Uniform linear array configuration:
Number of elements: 24
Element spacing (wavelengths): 0.5
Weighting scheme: hamming
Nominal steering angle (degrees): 15
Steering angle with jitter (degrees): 14.247
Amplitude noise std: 0.05
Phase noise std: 0.05

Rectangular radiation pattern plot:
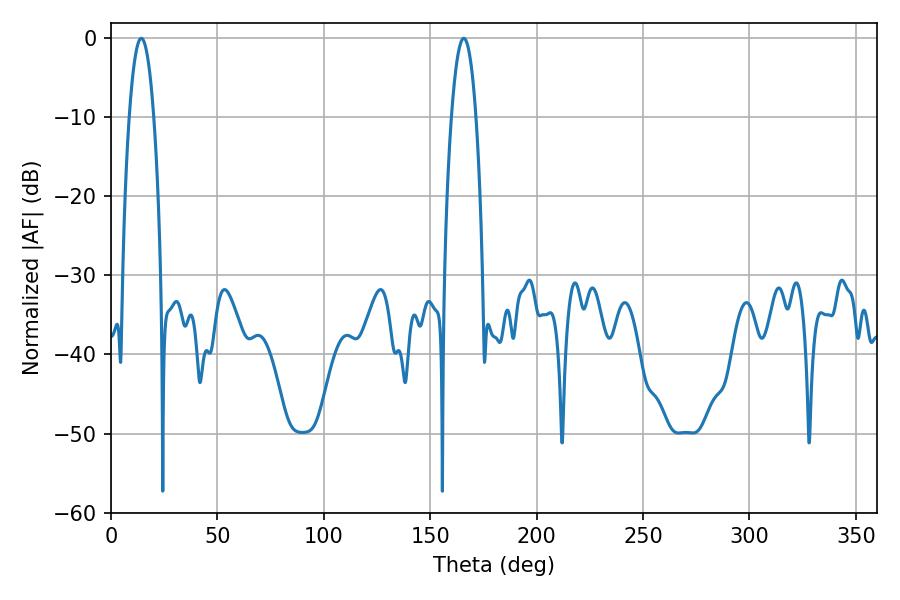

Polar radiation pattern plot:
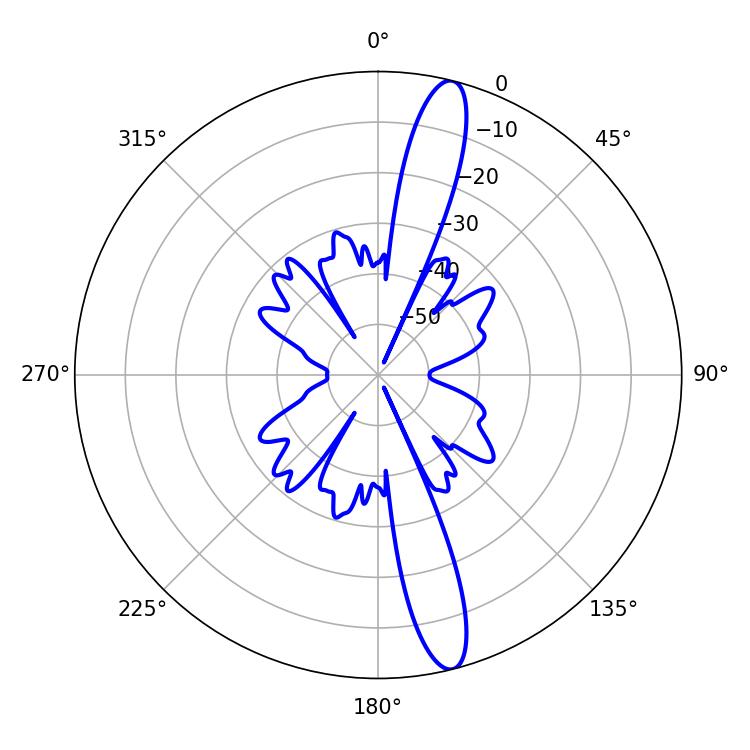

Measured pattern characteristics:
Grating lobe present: FALSE
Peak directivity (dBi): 15.313
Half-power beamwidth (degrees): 6.3
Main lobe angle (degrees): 14.22